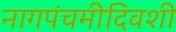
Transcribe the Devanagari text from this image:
नागपंचमीदिवशी